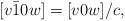
LaTeX: \begin{align*}[v\bar{1}0w] = [v0w]/c,\end{align*}